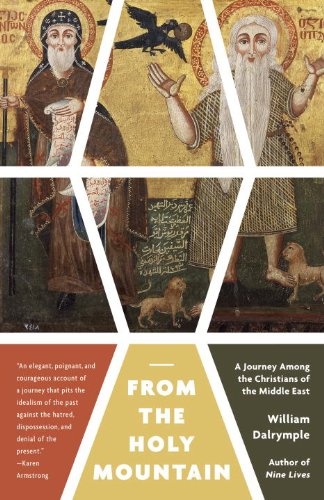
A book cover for From the Holy Mountain: A Journey Among the Christians of the Middle East; William Dalrymple; Travel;